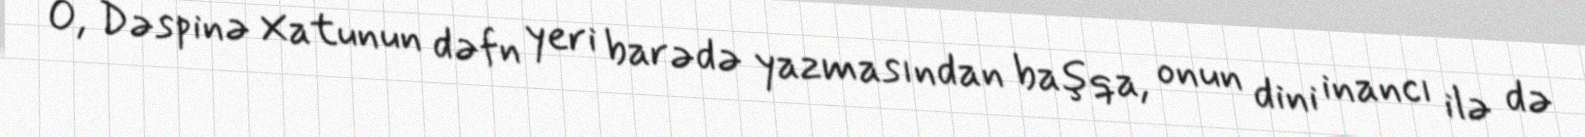
O, Dəspinə Xatunun dəfn yeri barədə yazmasından başqa, onun dini inancı ilə də